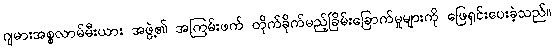
ဂျမားအစ္စလာမ်မီးယား အဖွဲ့၏ အကြမ်းဖက် တိုက်ခိုက်မည့်ခြိမ်းခြောက်မှုများကို ဖြေရှင်းပေးခဲ့သည်။